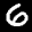
Label: 6